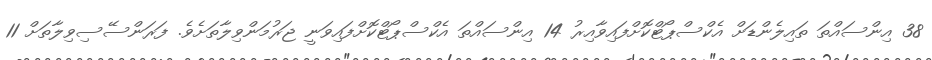
38 އިންސައްތަ ތައިލެންޑަށް އެކްސްޕޯޓްކޮށްފައިވާއިރު 14 އިންސައްތަ އެކްސްޕޯޓްކޮށްފައިވަނީ ޖަރުމަންވިލާތަށެވެ. ފަރަންސޭސިވިލާތަށް 11